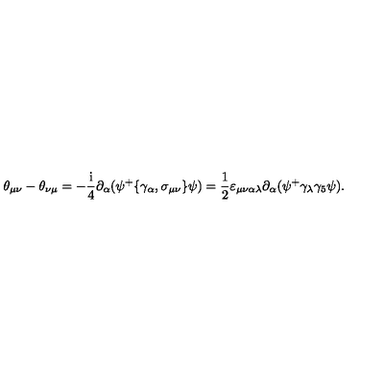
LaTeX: \theta _ { \mu \nu } - \theta _ { \nu \mu } = - \frac { \mathrm { i } } 4 \partial _ { \alpha } ( \psi ^ { + } \{ \gamma _ { \alpha } , \sigma _ { \mu \nu } \} \psi ) = \frac 1 2 \varepsilon _ { \mu \nu \alpha \lambda } \partial _ { \alpha } ( \psi ^ { + } \gamma _ { \lambda } \gamma _ { 5 } \psi ) .